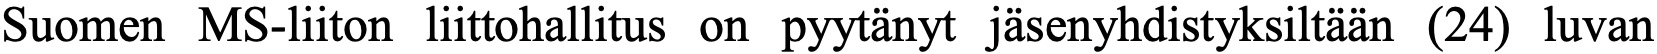
Suomen MS-liiton liittohallitus on pyytänyt jäsenyhdistyksiltään (24) luvan